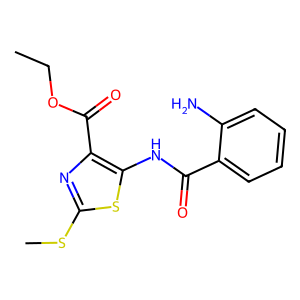
SMILES: CCOC(=O)c1nc(SC)sc1NC(=O)c1ccccc1N
Inhibits HIV replication: No